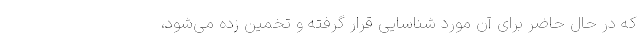
که در حال حاضر برای آن مورد شناسایی قرار گرفته و تخمین زده می‌شود،